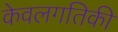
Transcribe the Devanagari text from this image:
केवलगतिकी